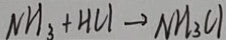
N H _ { 3 } + H C l \rightarrow N H _ { 3 } C l